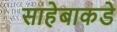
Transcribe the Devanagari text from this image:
साहेबाकडे